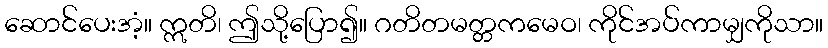
ဆောင်ပေးအံ့။ ဣတိ၊ ဤသို့ပြော၍။ ဂတိတမတ္တကမေဝ၊ ကိုင်အပ်ကာမျှကိုသာ။